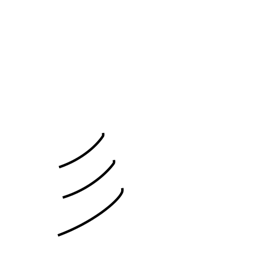
Meaning: short hair or fur radical (no. 59)